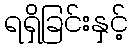
ရရှိခြင်းနှင့်